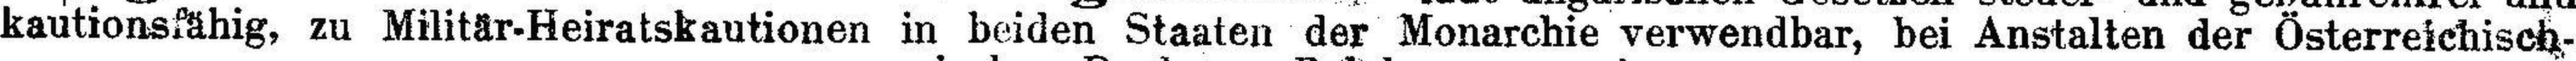
kautionsfähig, zu Militär-Heiratskautionen in beiden Staaten der Monarchie verwendbar, bei Anstalten der Österreichisch¬